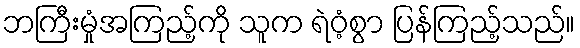
ဘကြီးမှုံအကြည့်ကို သူက ရဲဝံ့စွာ ပြန်ကြည့်သည်။